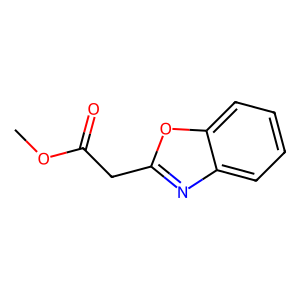
SMILES: COC(=O)Cc1nc2ccccc2o1
Inhibits HIV replication: No